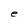
Character: e